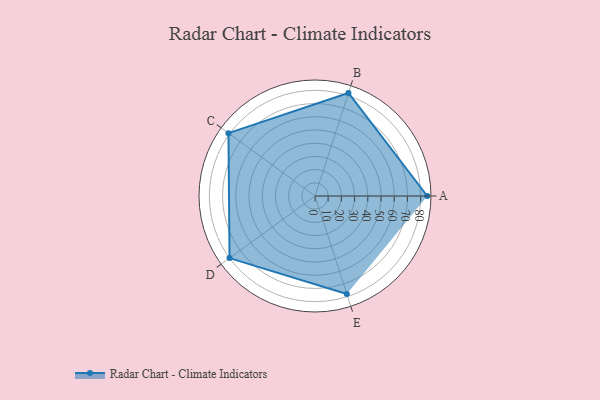
{"axis": {"x": "Skill", "y": "Score"}, "legend": ["Profile"], "data": [{"x": "A", "y": 85.0, "type": "Profile"}, {"x": "B", "y": 82.0, "type": "Profile"}, {"x": "C", "y": 81.0, "type": "Profile"}, {"x": "D", "y": 80.0, "type": "Profile"}, {"x": "E", "y": 78.0, "type": "Profile"}]}